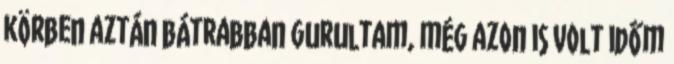
körben aztán bátrabban gurultam, még azon is volt időm